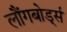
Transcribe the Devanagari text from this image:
लौंगबोर्ड्स